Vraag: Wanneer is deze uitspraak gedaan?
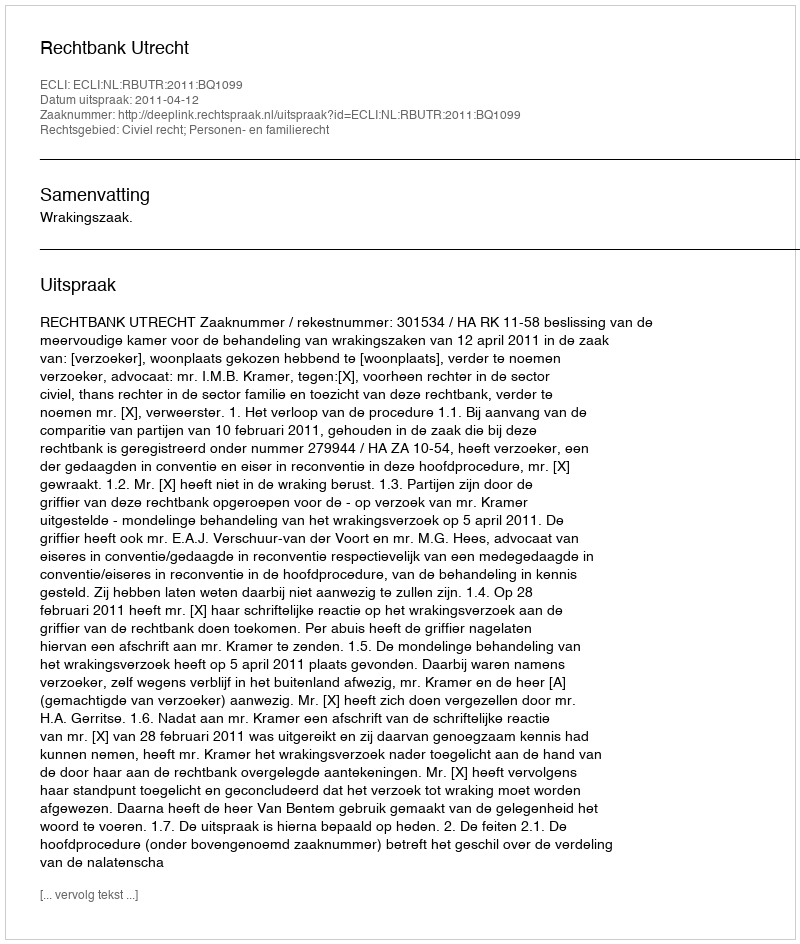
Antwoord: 2011-04-12